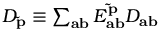
\begin{array} { r } { D _ { \mathbf { \tilde { p } } } \equiv \sum _ { \mathbf { a b } } E _ { \mathbf { a b } } ^ { \mathbf { \tilde { p } } } D _ { \mathbf { a b } } } \end{array}